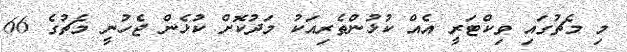
މި މެޗުގައި ވިކްޓަރީ އެއް ކުޅުންތެރިއަކު މަދުކޮށް ކުޅެން ޖެހުނީ މެޗުގެ 66